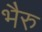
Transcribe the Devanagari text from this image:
भैरु